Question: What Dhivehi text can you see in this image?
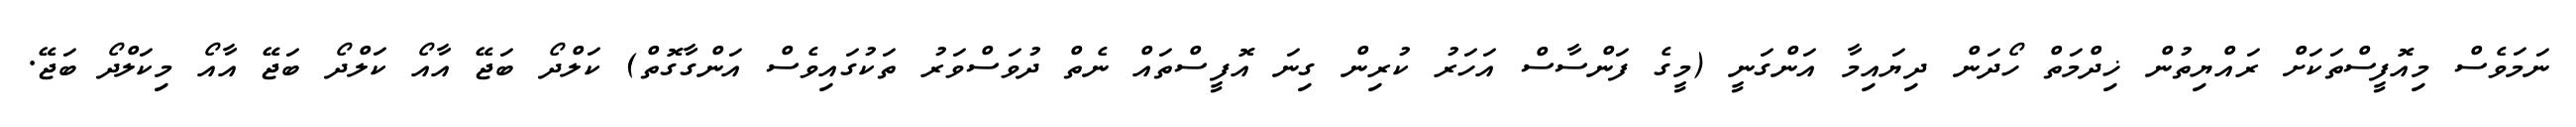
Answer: ނަމަވެސް މިއޮފީސްތަކަށް ރައްޔިތުން ޚިދްމަތް ހޯދަން ދިޔައިމާ އަންގަނީ (މީގެ ފަންސާސް އަހަރު ކުރިން ގިނަ އޮފީސްތައް ނެތް ދުވަސްވަރު ތަކުގައިވެސް އަންގާގޮތް) ކަލްދޯ ބަޖޭ އާއޯ ކަލްދޯ ބަޖޭ އާއޯ މިކަލްދޯ ބަޖޭ.